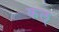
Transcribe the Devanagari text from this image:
कल्